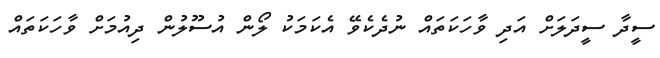
ސީދާ ސީދަލަށް އަދި ވާހަކަތައް ނުދެކެވޭ އެކަމަކު ލޯން އުސޫލުން ދިއުމަށް ވާހަކަތައް